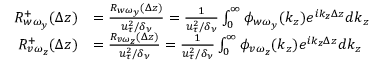
\begin{array} { r l } { R _ { w \omega _ { y } } ^ { + } ( \Delta z ) } & { = \frac { R _ { w \omega _ { y } } ( \Delta z ) } { u _ { \tau } ^ { 2 } / \delta _ { \nu } } = \frac { 1 } { u _ { \tau } ^ { 2 } / \delta _ { \nu } } \int _ { 0 } ^ { \infty } \phi _ { w \omega _ { y } } ( k _ { z } ) e ^ { i k _ { z } \Delta z } d k _ { z } } \\ { R _ { v \omega _ { z } } ^ { + } ( \Delta z ) } & { = \frac { R _ { v \omega _ { z } } ( \Delta z ) } { u _ { \tau } ^ { 2 } / \delta _ { \nu } } = \frac { 1 } { u _ { \tau } ^ { 2 } / \delta _ { \nu } } \int _ { 0 } ^ { \infty } \phi _ { v \omega _ { z } } ( k _ { z } ) e ^ { i k _ { z } \Delta z } d k _ { z } } \end{array}